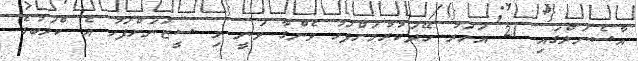
އާސެނަލްގައި 21 އަހަރު ހޭދަކުރުމަށްފަހު ވެންގާ ވަނީ މި ސީޒަނަށްފަހު އެ ކްލަބުގެ